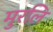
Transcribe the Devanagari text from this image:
मुरलि